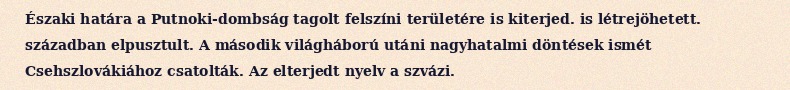
Északi határa a Putnoki-dombság tagolt felszíni területére is kiterjed. is létrejöhetett. században elpusztult. A második világháború utáni nagyhatalmi döntések ismét Csehszlovákiához csatolták. Az elterjedt nyelv a szvázi.